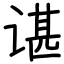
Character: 谌